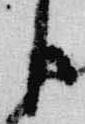
臣